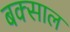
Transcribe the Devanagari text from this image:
बक्साल